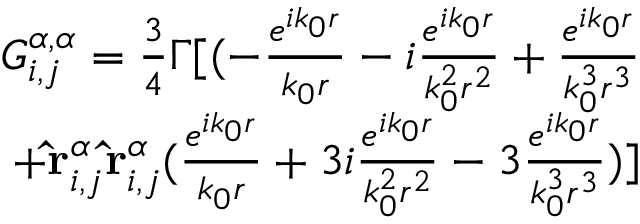
\begin{array} { r } { G _ { i , j } ^ { \alpha , \alpha } = \frac { 3 } { 4 } \Gamma [ ( - \frac { e ^ { i k _ { 0 } r } } { k _ { 0 } r } - i \frac { e ^ { i k _ { 0 } r } } { k _ { 0 } ^ { 2 } r ^ { 2 } } + \frac { e ^ { i k _ { 0 } r } } { k _ { 0 } ^ { 3 } r ^ { 3 } } } \\ { + \mathbf { \hat { r } } _ { i , j } ^ { \alpha } \mathbf { \hat { r } } _ { i , j } ^ { \alpha } ( \frac { e ^ { i k _ { 0 } r } } { k _ { 0 } r } + 3 i \frac { e ^ { i k _ { 0 } r } } { k _ { 0 } ^ { 2 } r ^ { 2 } } - 3 \frac { e ^ { i k _ { 0 } r } } { k _ { 0 } ^ { 3 } r ^ { 3 } } ) ] } \end{array}